Note on the mental hospitals in Burma - 1925-1940
Year: 1925
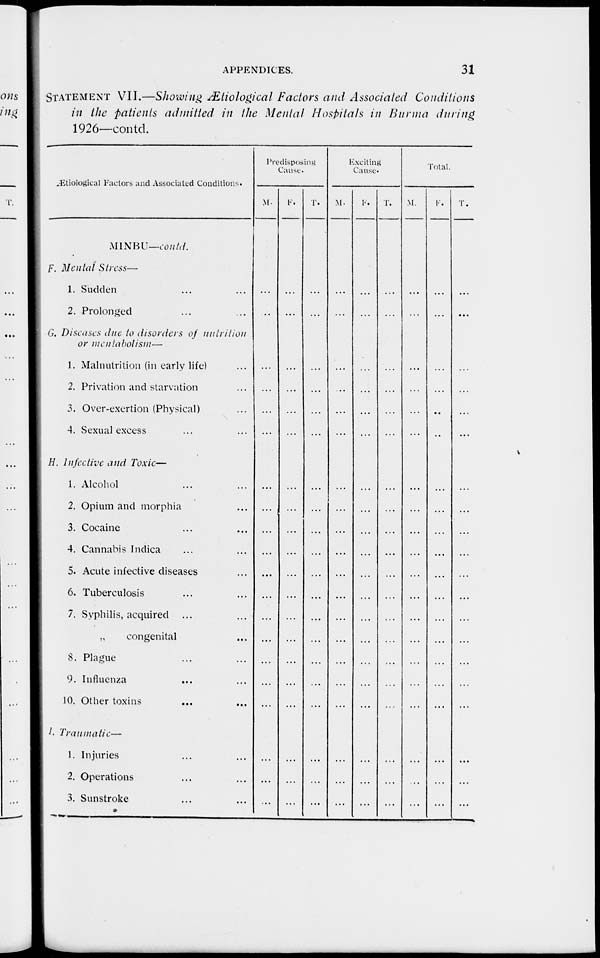
APPENDICES.
31
STATEMENT VII.—Showing Ætiological Factors and Associated Conditions
in the patients admitted in the Mental Hospitals in Burma during
1926—contd.
Ætiological Factors and Associated Conditions.
MINBU—contd.
F. Mental Stress—
1. Sudden ... ...
2. Prolonged ... ...
G. Discuses due to disorders of nutrition
or mentabolism—
1. Malnutrition (in early life) ...
2. Privation and starvation ...
3. Over-exertion (Physical) ...
4. Sexual excess ... ...
H. Infective and Toxic—
1. Alcohol ... ...
2. Opium and morphia ...
3. Cocaine ... ...
4. Cannabis Indica ... ...
5. Acute infective diseases ...
6. Tuberculosis ... ...
7. Syphilis, acquired ... ...
„
congenital ...
8. Plague ... ...
9. Influenza ... ...
10. Other toxins ... ...
I. Traumatic—
1. Injuries ... ...
2. Operations ... ...
3. Sunstroke ... ...
Predisposing
Cause.
M.
...
...
...
...
...
...
...
...
...
...
...
...
...
...
...
...
...
...
...
...
F.
...
...
...
...
...
...
...
...
...
...
...
...
...
...
...
...
...
...
...
...
T.
...
...
...
...
...
...
...
...
...
...
...
...
...
...
...
...
...
...
...
...
Exciting
Cause.
M.
...
...
...
...
...
...
...
...
...
...
...
...
...
...
...
...
...
...
...
...
F.
...
...
...
...
...
...
...
...
...
...
...
...
...
...
...
...
...
...
...
...
T.
...
...
...
...
...
...
...
...
...
...
...
...
...
...
...
...
...
...
...
...
Total.
M.
...
...
...
...
...
...
...
...
...
...
...
...
...
...
...
...
...
...
...
...
F.
...
...
...
...
...
...
...
...
...
...
...
...
...
...
...
...
...
...
...
...
T.
...
...
...
...
...
...
...
...
...
...
...
...
...
...
...
...
...
...
...
...